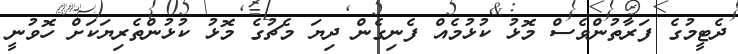
ދެޓީމުގެ ފަރާތުންވެސް މޮޅު ކުޅުމެއް ފެނިގެން ދިޔަ މެޗުގެ މޮޅު ކުޅުންތެރިޔަކަށް ހޮވުނީ